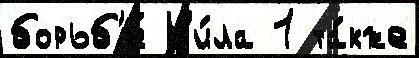
борьб'е́ Н'и́ла 1 та́кже